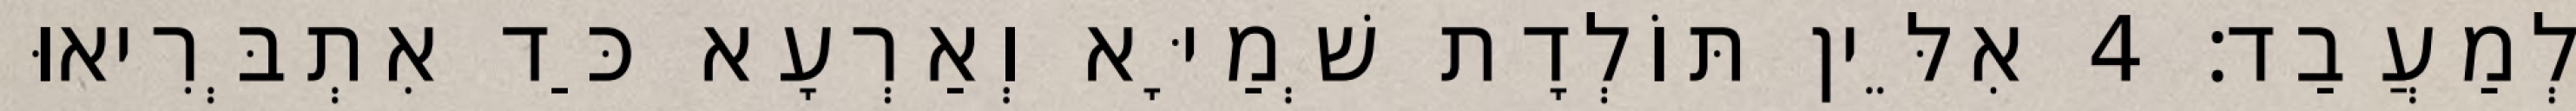
לְמַעֲבַד׃ 4 אִלֵּין תּוֹלְדָת שְׁמַיָּא וְאַרְעָא כַּד אִתְבְּרִיאוּ